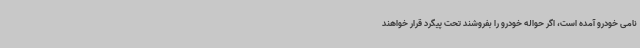
نامی خودرو آمده است، اگر حواله خودرو را بفروشند تحت پیگرد قرار خواهند